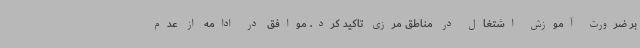
بر ضرورت آموزش اشتغال در مناطق مرزی تاکید کرد. موافق در ادامه از عدم